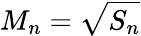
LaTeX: M_{n}=\sqrt{S_{n}}